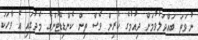
ނުވަތަ ބައްދަލުވުމަށް ދިއުމުގެ ކުރިން ވެސް ތިން ކެންޑިޑޭޓުންގެ މެދުގައި އެ ވާހަކަ